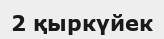
2 қыркүйек